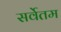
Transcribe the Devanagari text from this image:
सर्वेतम